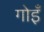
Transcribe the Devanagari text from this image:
गोइँ